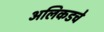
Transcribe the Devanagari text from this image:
अलिकडचे